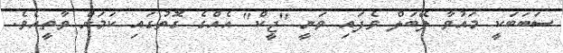
ސަބަބަކީ މައުވާ ލޭބަލް ވެފައި ވަނީ ''ޖީކް'' އެއްގެ ގޮތުގައި ކަމަށް ވާތީއެވެ.